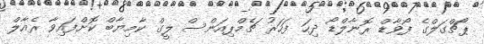
ޕޯޗްގަލްގެ ފޯވާޑް ރޮނާލްޑޯ ދިހަ ފަހަރު ޗެމްޕިއަންސް ލީގް ކާމިޔާބް ކޮށްފައިވާ ރެއާލް